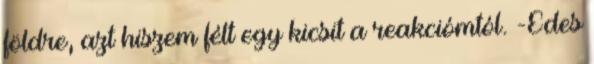
földre, azt hiszem félt egy kicsit a reakciómtól. -Édes